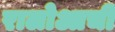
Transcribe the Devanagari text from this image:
रालोआची